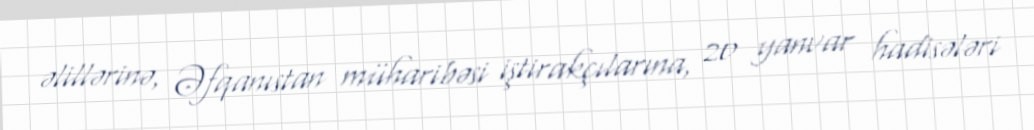
əlillərinə, Əfqanıstan müharibəsi iştirakçılarına, 20 yanvar hadisələri